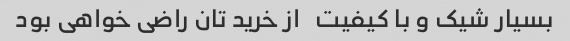
بسیار شیک و با کیفیت   از خرید تان راضی خواهی بود